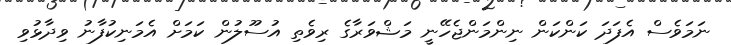
ނަމަވެސް އެފަދަ ކަންކަން ނިންމަންޖެހޭނީ މަޝްވަރާގެ ރިވެތި އުސޫލުން ކަމަށް އެމަނިކުފާނު ވިދާޅުވި